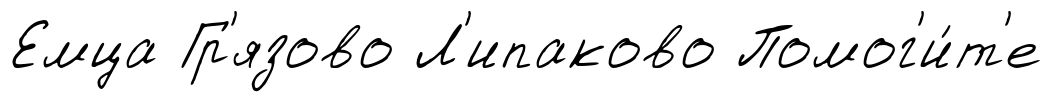
Емца Гр'язово Л'ипаково Помог'и́т'е